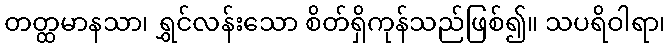
တတ္ထမာနသာ၊ ရွှင်လန်းသော စိတ်ရှိကုန်သည်ဖြစ်၍။ သပရိဝါရာ၊